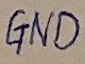
Text: GND